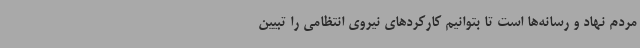
مردم نهاد و رسانه‌ها است تا بتوانیم کارکردهای نیروی انتظامی را تبیین